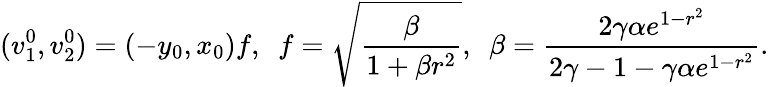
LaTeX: (v_{1}^{0},v_{2}^{0})=(-y_{0},x_{0})f,~~f=\sqrt{\frac{\beta}{1+\beta r^{2}}},~~\beta=\frac{2\gamma\alpha e^{1-r^{2}}}{2\gamma-1-\gamma\alpha e^{1-r^{2}}}.